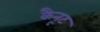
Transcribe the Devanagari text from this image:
कैनूट